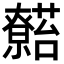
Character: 𬟖